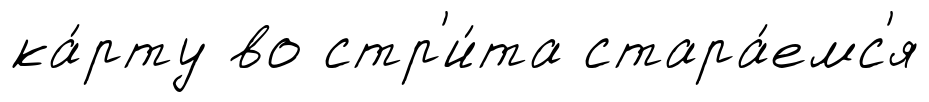
ка́рту во стр'и́та стара́емс'я